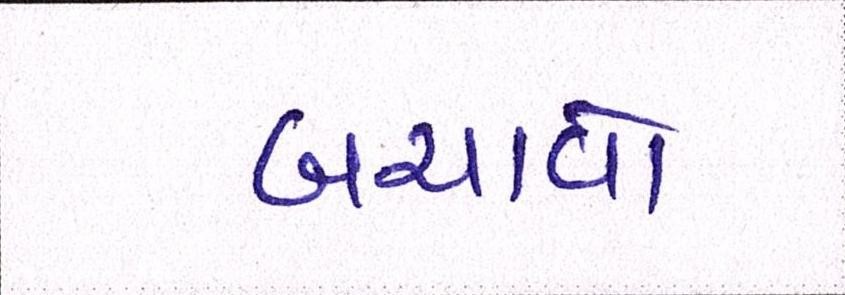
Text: બચાવો